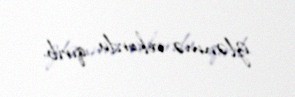
izlənmə rekordu qırıb.